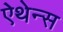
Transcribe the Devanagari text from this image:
ऐथेन्स